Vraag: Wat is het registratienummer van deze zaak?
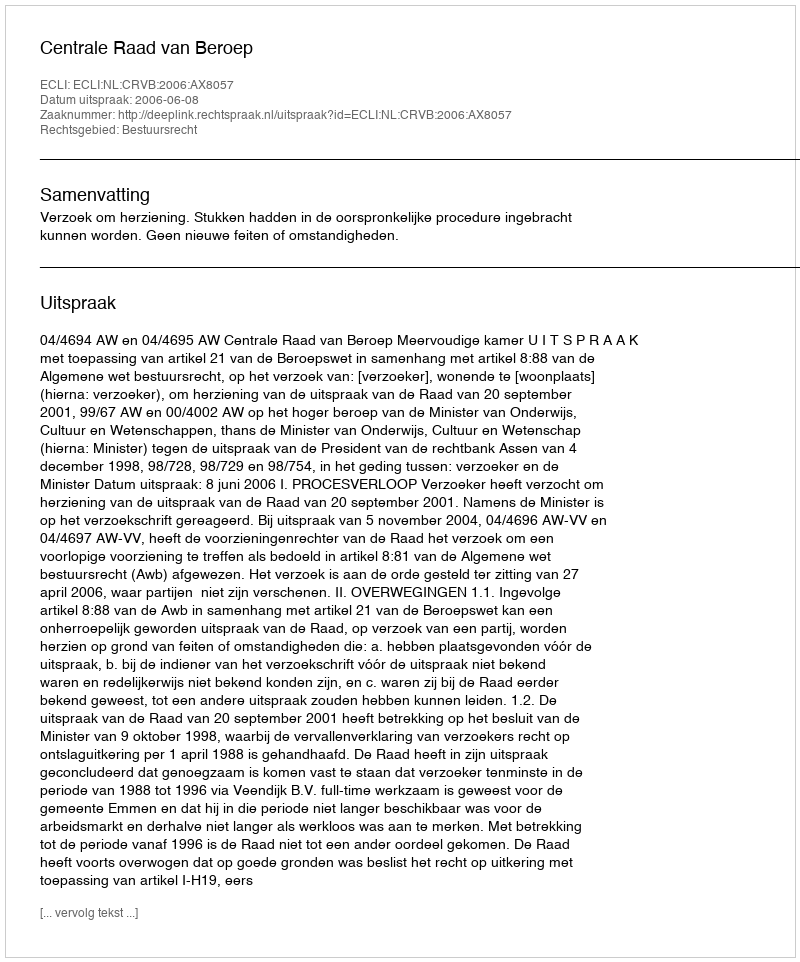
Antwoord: http://deeplink.rechtspraak.nl/uitspraak?id=ECLI:NL:CRVB:2006:AX8057